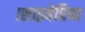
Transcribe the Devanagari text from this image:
।साइबेरिया